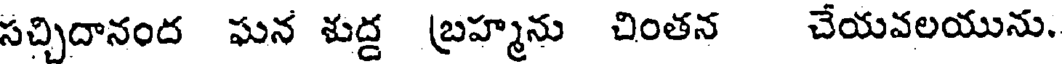
సచ్చిదానంద ఘన శుద్ద బ్రహ్మను చింతన చేయవలయును.